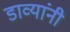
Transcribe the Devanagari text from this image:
डाव्यांनी